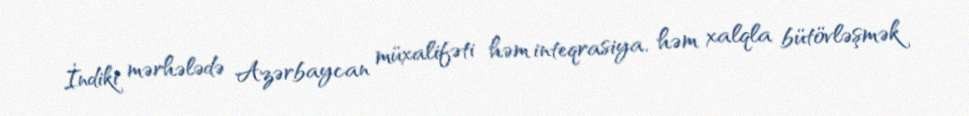
İndiki mərhələdə Azərbaycan müxalifəti həm inteqrasiya, həm xalqla bütövləşmək